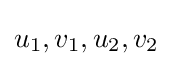
u_{1},v_{1},u_{2},v_{2}